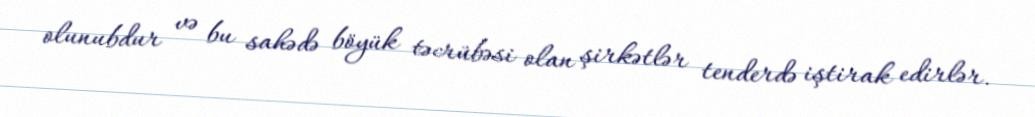
olunubdur və bu sahədə böyük təcrübəsi olan şirkətlər tenderdə iştirak edirlər.